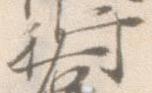
行